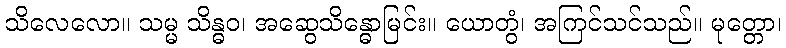
သိလေလော။ သမ္မ သိန္ဓဝ၊ အဆွေသိန္ဓောမြင်း။ ယောတွံ၊ အကြင်သင်သည်။ မုတ္တော၊